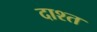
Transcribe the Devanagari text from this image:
दाश्त